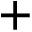
+